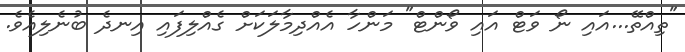
"ތިއްތޭ...އައި ނޯ ވަޓް އައި ވޯންޓް" މަންހާ އެއްދިމާލަކަށް ގެއްލިފައި އިނދެ ބުނެލިއެވެ.